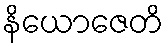
နိယောဇေတိ